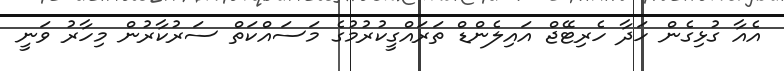
އެއާ ގުޅިގެން ހަދާ ހެރިޓޭޖް އައިލެންޑް ތަރައްގީކުރުމުގެ މަސައްކަތް ސަރުކާރުން މިހާރު ވަނީ